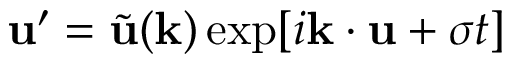
\mathbf { u } ^ { \prime } = \tilde { \mathbf { u } } ( \mathbf { k } ) \exp [ i \mathbf { k } \boldsymbol { \cdot } \mathbf { u } + \sigma t ]